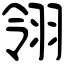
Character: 翎